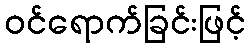
ဝင်ရောက်ခြင်းဖြင့်